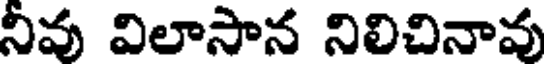
నీవు విలాసాన నిలిచినావు